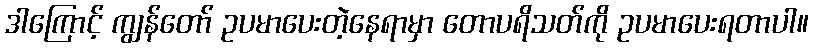
ဒါကြောင့် ကျွန်တော် ဥပမာပေးတဲ့နေရာမှာ တောပရိသတ်ကို ဥပမာပေးရတာပါ။